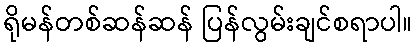
ရိုမန်တစ်ဆန်ဆန် ပြန်လွမ်းချင်စရာပါ။